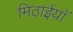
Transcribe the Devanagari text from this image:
मिठाईयाॅ